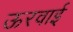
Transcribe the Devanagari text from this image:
ऊरवाई